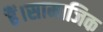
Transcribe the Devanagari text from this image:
हैं।सामाजिक